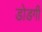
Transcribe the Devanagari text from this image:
डोडगी